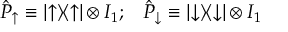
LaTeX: \hat { P } _ { \uparrow } \equiv | { \uparrow } \rangle \! \langle { \uparrow } | \otimes I _ { 1 } ; \; \; \; \hat { P } _ { \downarrow } \equiv | { \downarrow } \rangle \! \langle { \downarrow } | \otimes I _ { 1 }